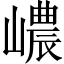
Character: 嶩